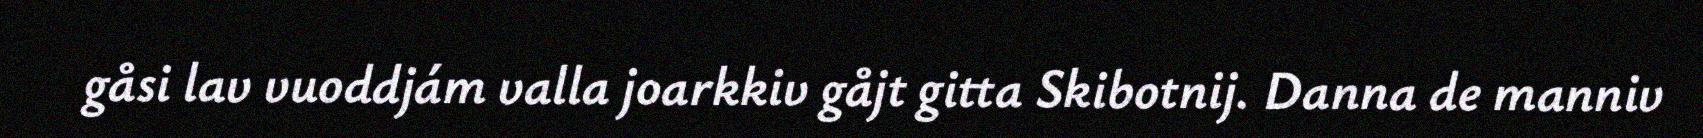
gåsi lav vuoddjám valla joarkkiv gåjt gitta Skibotnij. Danna de manniv